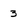
Character: 3